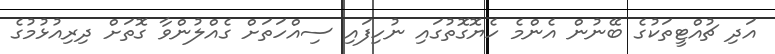
އަދި ޗުއްޓީތަކުގެ ބޭނުން އެންމެ ހެޔޮގޮތުގައި ނުހިފައި ސިއްހަތަށް ގެއްލުންވާ ގޮތަށް ދިރިއުޅުމުގެ